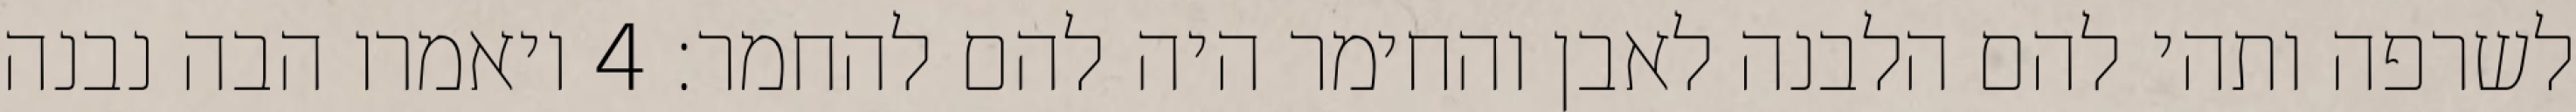
לשרפה ותהי להם הלבנה לאבן והחימר היה להם להחמר׃ ‎4‏ ויאמרו הבה נבנה